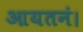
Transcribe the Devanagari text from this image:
आयतनं।